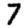
Digit: 7